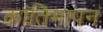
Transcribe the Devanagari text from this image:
कांतिमापन